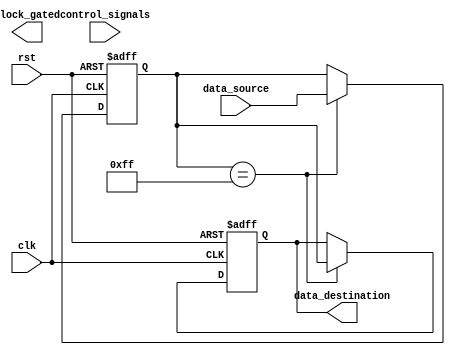
module pcie_timing_control_and_sync (
    input wire clk,
    input wire rst,
    input wire [7:0] control_signals,
    output reg clock_gated,
    input wire [7:0] data_source,
    output reg [7:0] data_destination
);

// Timing Control Block
always @(posedge clk or posedge rst) begin
    if (rst) begin
        // Reset logic for timing control block
    end else begin
        // Handle control signals and clock gating logic here
        // Cross clock domain synchronization logic
    end
end

// Synchronization Block using FIFO buffers
reg [7:0] fifo_buffer;

always @(posedge clk or posedge rst) begin
    if (rst) begin
        fifo_buffer <= 8'b0; // Reset FIFO buffer on reset
        data_destination <= 8'b0; // Reset data destination on reset
    end else begin
        // FIFO buffer alignment logic between source and destination interfaces
        if (fifo_buffer == 8'hFF) begin
            data_destination <= fifo_buffer; // Transfer data from FIFO buffer to destination interface
            fifo_buffer <= data_source; // Transfer data from source interface to FIFO buffer
        end
    end
end

endmodule